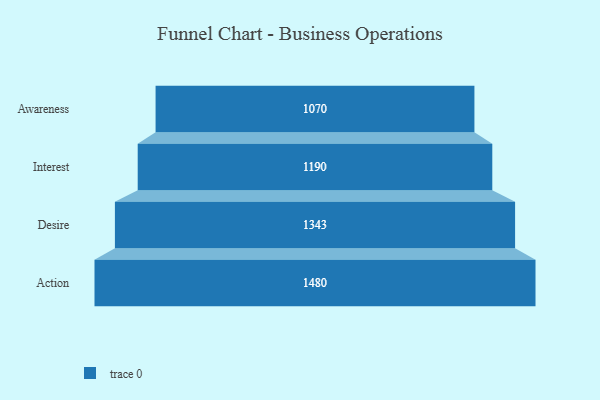
{"axis": {"x": "Stage", "y": "Value"}, "legend": [""], "data": [{"x": "Awareness", "y": 1070.0, "type": ""}, {"x": "Interest", "y": 1190.0, "type": ""}, {"x": "Desire", "y": 1343.0, "type": ""}, {"x": "Action", "y": 1480.0, "type": ""}]}